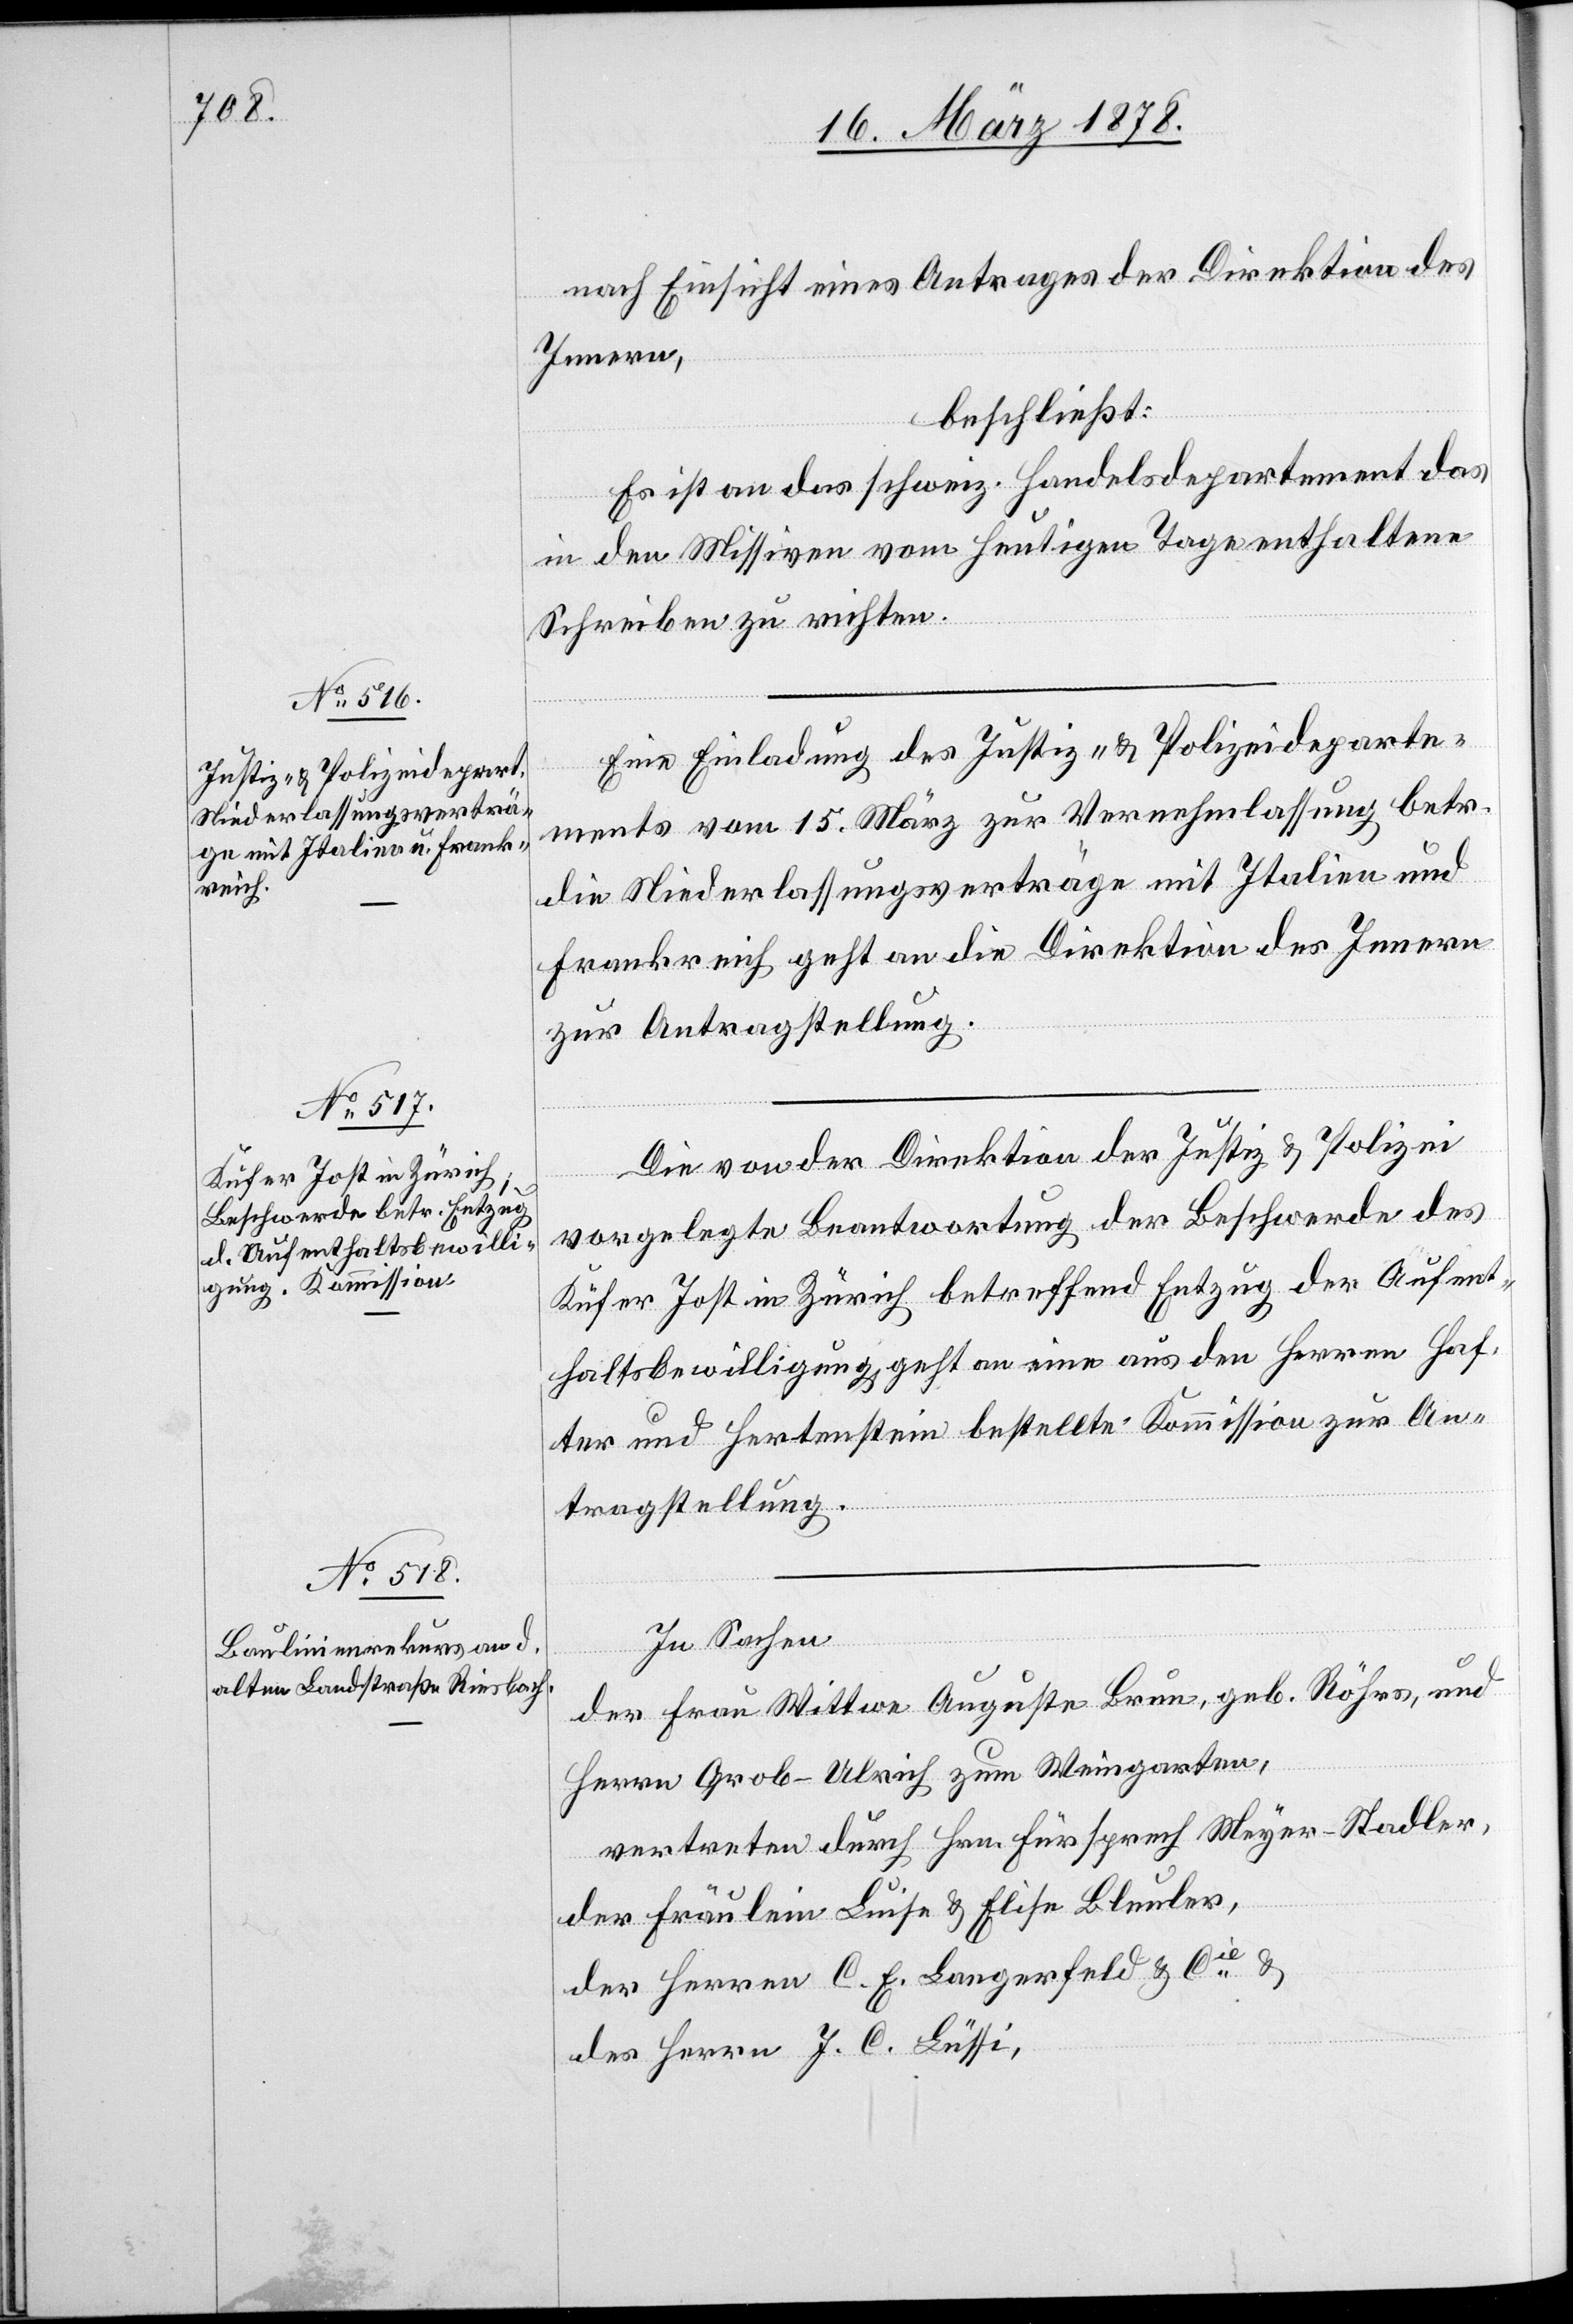
nach Einsicht eines Antrages der Direktion des
Innern,
beschließt:
Es ist an das schweiz. Handelsdepartement das
in den Missiven vom heutigen Tage enthaltene
Schreiben zu richten.
Eine Einladung des Justiz- & Polizeideparte¬
ments vom 15. März zur Vernehmlassung betr.
die Niederlassungsverträge mit Italien und
Frankreich geht an die Direktion des Innern
zur Antragstellung.
Die von der Direktion der Justiz & Polizei
vorgelegte Beantwortung der Beschwerde des
Küfer Jost in Zürich betreffend Entzug der Aufent¬
haltsbewilligung geht an eine aus den Herren Haf¬
ter und Hertenstein bestellte Kommission zur An¬
tragstellung.
In Sachen
der Frau Wittwe Auguste Brun, geb. Röhrs, und
Herrn Grob-Ulrich zum Weingarten,
vertreten durch Hrn. Fürsprech Meyer-Stadler,
der Fräulein Luise & Elise Bleuler,
der Herren C. E. Langerfeld & Cie &
des Herrn J. C. Lüssi,